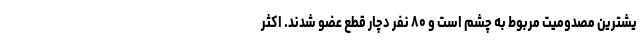
یشترین مصدومیت مربوط به چشم است و ۸۰ نفر دچار قطع عضو شدند. اکثر